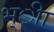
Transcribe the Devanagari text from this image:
भ्ीा